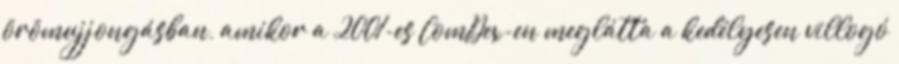
örömujjongásban, amikor a 2001-es ComDex-en meglátta a kedélyesen villogó